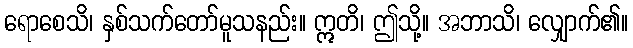
ရောစေသိ၊ နှစ်သက်တော်မူသနည်း။ ဣတိ၊ ဤသို့။ အဘာသိ၊ လျှောက်၏။